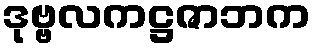
ဒုဗ္ဗလကဋ္ဌဇာဘက